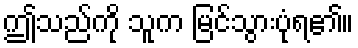
ဤသည်ကို သူက မြင်သွားပုံရ၏။